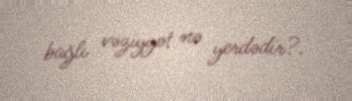
bağlı vəziyyət nə yerdədir?.